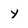
Character: Y